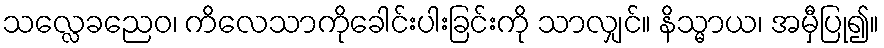
သလ္လေခညေဝ၊ ကိလေသာကိုခေါင်းပါးခြင်းကို သာလျှင်။ နိသ္မာယ၊ အမှီပြု၍။